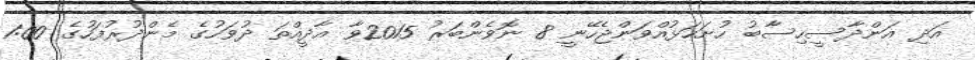
އަދި އަންދާސީހިސާބު ހުށަހަޅުއްވަންޖެހޭނީ 8 ނޮވެންބަރު 2015ވާ އާދީއްތަ ދުވަހުގެ މެންދުރުފަހުގެ 1:00